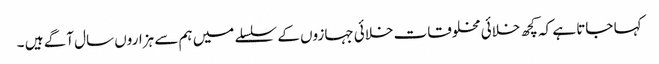
کہا جاتا ہے کہ کچھ خلائی مخلوقات خلائی جہازوں کے سلسلے میں ہم سے ہزاروں سال آگے ہیں ۔